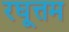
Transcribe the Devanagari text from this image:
रघूत्तम